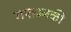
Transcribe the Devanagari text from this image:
गए।उनकी